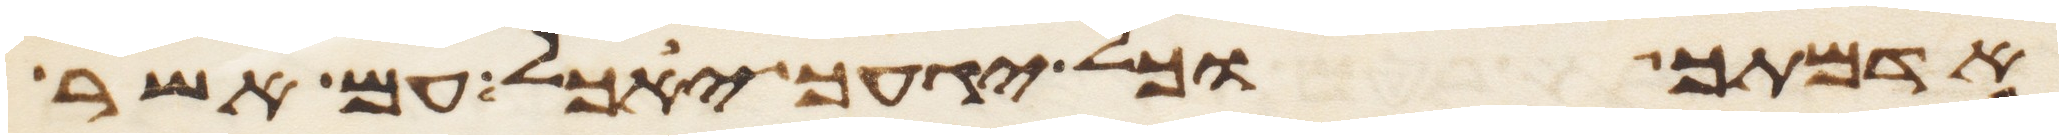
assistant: אדמתך וכל יגעך יאכל עם אשר